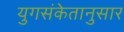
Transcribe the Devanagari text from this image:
युगसंकेतानुसार